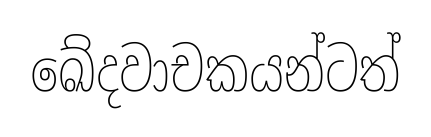
ඛේදවාචකයන්ටත්